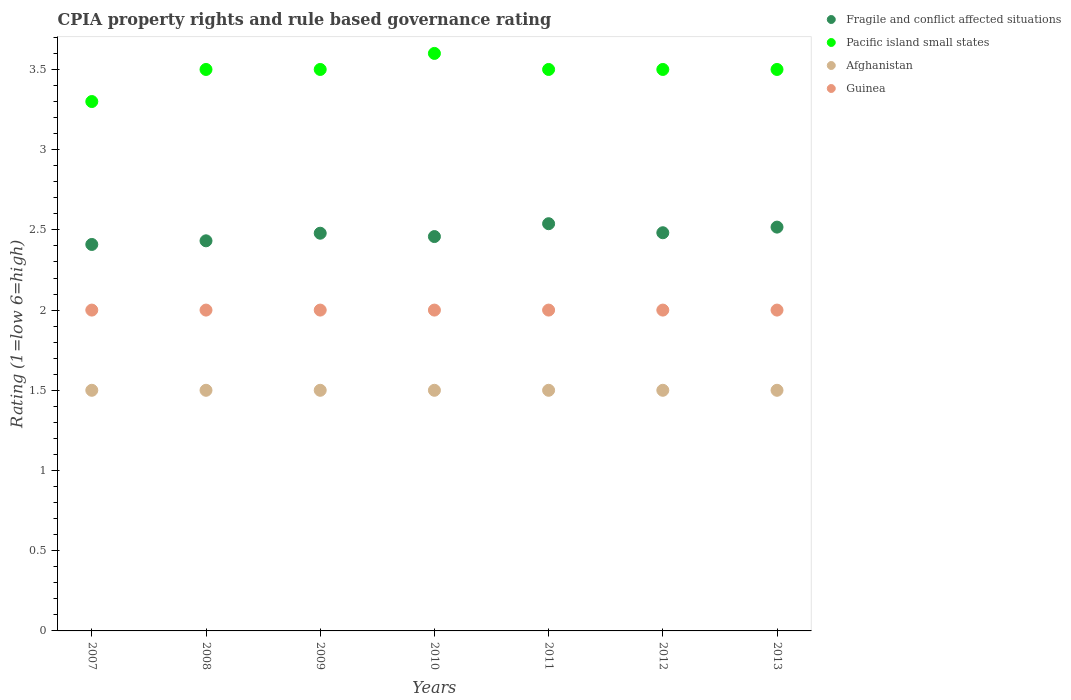
| Years | Fragile and conflict affected situations | Pacific island small states | Afghanistan | Guinea |
 | --- | --- | --- | --- | --- |
 | 2007 | 2.41 | 3.3 | 1.5 | 2 |
 | 2008 | 2.43 | 3.5 | 1.5 | 2 |
 | 2009 | 2.48 | 3.5 | 1.5 | 2 |
 | 2010 | 2.46 | 3.6 | 1.5 | 2 |
 | 2011 | 2.54 | 3.5 | 1.5 | 2 |
 | 2012 | 2.48 | 3.5 | 1.5 | 2 |
 | 2013 | 2.52 | 3.5 | 1.5 | 2 |